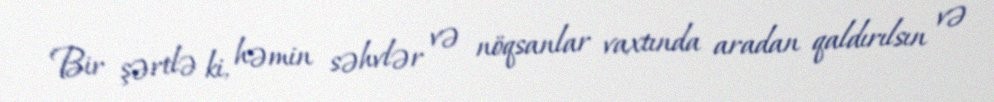
Bir şərtlə ki, həmin səhvlər və nöqsanlar vaxtında aradan qaldırılsın və